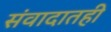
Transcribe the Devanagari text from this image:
संवादातही